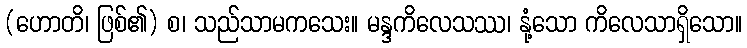
(ဟောတိ၊ ဖြစ်၏) စ၊ သည်သာမကသေး။ မန္ဒကိလေသဿ၊ နုံ့သော ကိလေသာရှိသော။